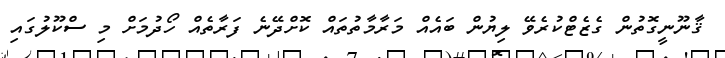
ޤާނޫނީގޮތުން ގެޒެޓްކުރެވޭ ލިޔުން ބައެއް މަރާމާތުތައް ކޮށްދޭނެ ފަރާތެއް ހޯދުމަށް މި ސްކޫލުގައި